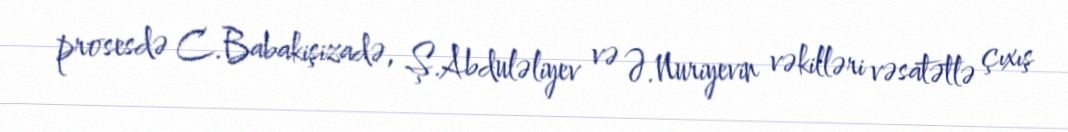
prosesdə C.Babakişizadə, Ş.Abduləliyev və Ə.Nuriyevin vəkilləri vəsatətlə çıxış